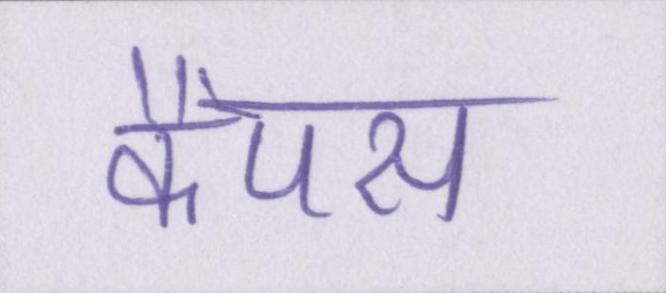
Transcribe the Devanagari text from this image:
कैंपस